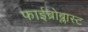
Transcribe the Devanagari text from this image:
फाईब्रोब्लास्ट